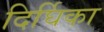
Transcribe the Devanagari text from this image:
दिर्घिका